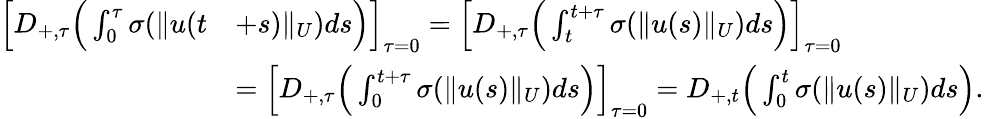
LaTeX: \begin{array}{rl}{\Big[D_{+,\tau}\Big(\int_{0}^{\tau}\sigma(\| u(t}&{+s)\| _{U})ds\Big)\Big]_{\tau=0}=\Big[D_{+,\tau}\Big(\int_{t}^{t+\tau}\sigma(\| u(s)\| _{U})ds\Big)\Big]_{\tau=0}}\\ &{=\Big[D_{+,\tau}\Big(\int_{0}^{t+\tau}\sigma(\| u(s)\| _{U})ds\Big)\Big]_{\tau=0}=D_{+,t}\Big(\int_{0}^{t}\sigma(\| u(s)\| _{U})ds\Big).}\end{array}